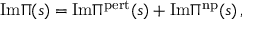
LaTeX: \mathrm { I m } \Pi ( s ) = \mathrm { I m } \Pi ^ { \mathrm { p e r t } } ( s ) + \mathrm { I m } \Pi ^ { \mathrm { n p } } ( s ) \, ,